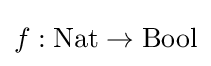
f:\mathrm {Nat} \to \mathrm {Bool}